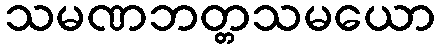
သမဏဘတ္တသမယော